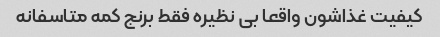
کیفیت غذاشون واقعا بی نظیره فقط برنج کمه متاسفانه